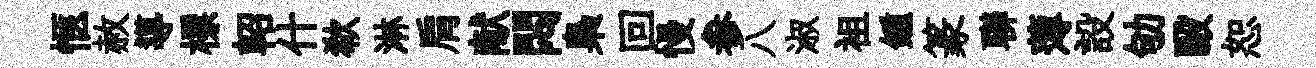
愜赦導標軺什欷淋肩献悶梟回慢参八淑袓鍾篆聯薄設劬毆恕